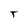
Character: T